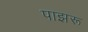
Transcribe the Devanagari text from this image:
पाझरू